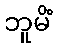
ဘူမိံ